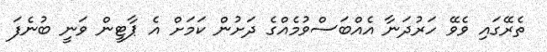
ތެރޭގައި ވެވޭ ހަރުދަނާ އެއްބަސްވުމެއްގެ ދަށުން ކަމަށް އެ ޕާޓީން ވަނީ ބުނެފަ